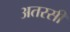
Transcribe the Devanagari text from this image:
अतरसी